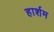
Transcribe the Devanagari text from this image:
हार्शम